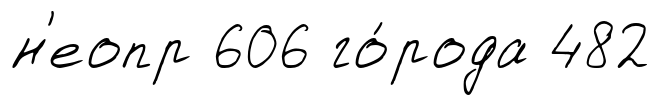
н'еопр 606 го́рода 482